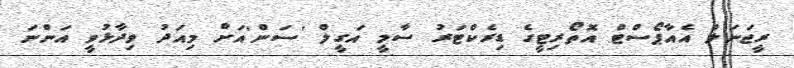
ރީޖަނަލް އެއާޕޯސްޓް އޮތޯރިޓީގެ ޑިރެކްޓަރު ސާމީ އަގީލް 'ސަން'އަށް މިއަދު ވިދާޅުވީ އަންނަ